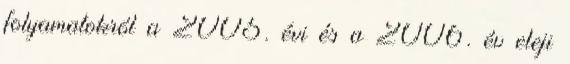
folyamatokról a 2005. évi és a 2006. év eleji